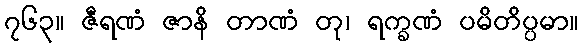
၇၆၃။ ဇီရဏံ ဇာနိ တာဏံ တု၊ ရက္ခဏံ ပမိတိပ္ပမာ။